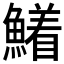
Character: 𮬍